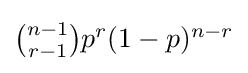
{\textstyle {\binom {n-1}{r-1}}p^{r}(1-p)^{n-r}}